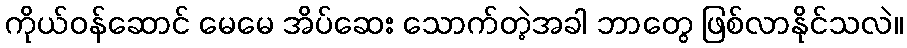
ကိုယ်ဝန်ဆောင် မေမေ အိပ်ဆေး သောက်တဲ့အခါ ဘာတွေ ဖြစ်လာနိုင်သလဲ။